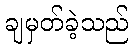
ချမှတ်ခဲ့သည်